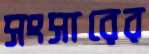
সংসারের